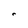
Character: r